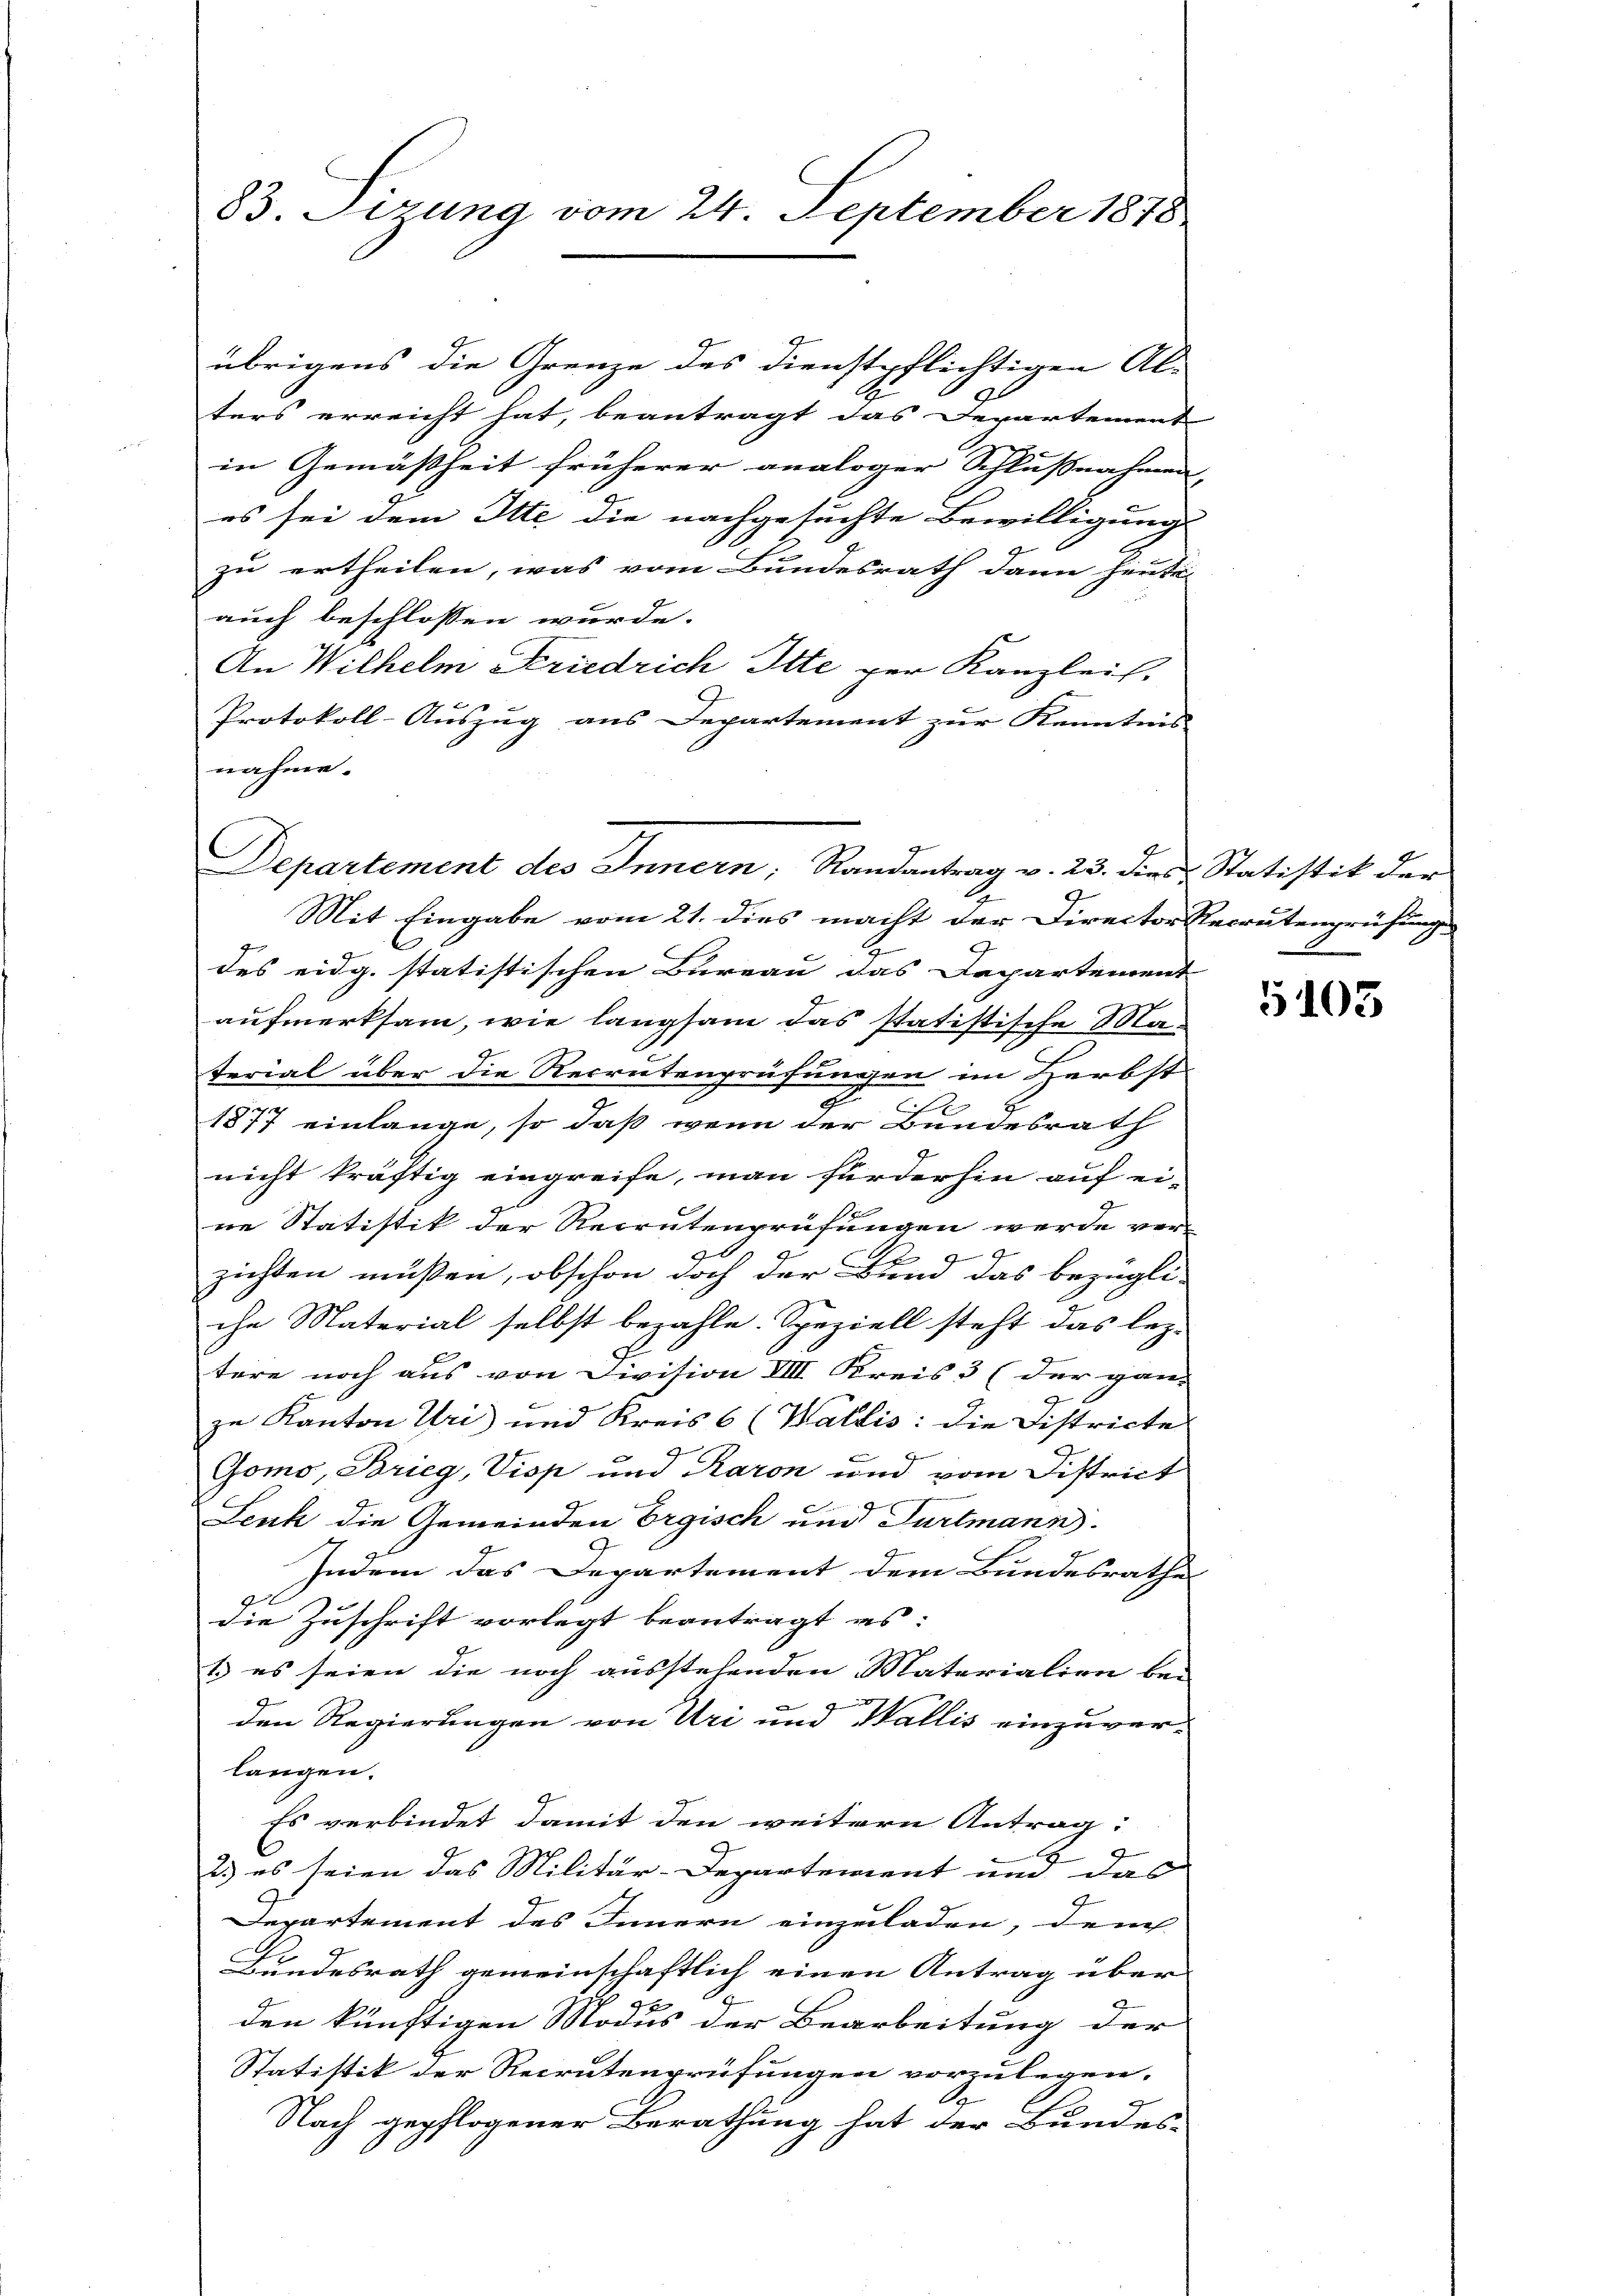
83. Sizung vom 24. September 1878

übrigens die Grenze des Dienstpflichtigen Al-
ters erreicht hat, beantragt das Departement
in Gemäßheit früherer analoger Schlußnahmen
es sei dem Itte die nachgesuchte Bewilligung
zu ertheilen, was vom Bundesrath dann heute-
auch beschlossen wurde.
An Wilhelm Friedrich Itte per Kanzlei,
Protokoll-Auszug aus Departement zur Kenntnis
nahme.

Mit Eingabe vom 21. dies macht der Director Recrutenprüfung
des eidg. statistischen Bureau das Departement
aufmerksam, wie langsam das statistische Material über die Recrutenprüfungen im Herbst
1877 einlange, so daß wenn der Bundesrath
nicht kräftig eingreife, man fürderhin auf ei-
ne Statistik der Recrutenprüfungen werde ver-
87.
G
zichten müssen, obschon doch der Bund das bezügli-
che Material selbst bezahle. Speziell steht das lez-
tere noch aus von Division VIII Kreis 3 (der ganz
b
zu Kanton Uri und Kreis 6 (Wallis: die Districte
Gomo, Brieg, Viop und Raron und vom District
C
Leuk die Gemeinden Ergisch und Furtmann.
Indem das Departement dem Bundesrathe
die Zuschrift vorlegt beantragt es:
1.) es seien die noch ausstehenden Materialien bei
den Regierungen von Uri und Wallis einzuver-
langen.
Es verbindet damit den weitern Antrag:
2.) es seien das Militär-Departement und das
Departement des Innern einzuladen, dem
Bundesrath gemeinschaftlich einen Antrag über
2
den künftigen Modus der Bearbeitung der
Statistik der Recrutenprüfungen vorzulegen.
A
Nach gepflogener Berathung hat der Bundes-

Departement des Innern, Randantrag v. 23. dies Statistik der

5105